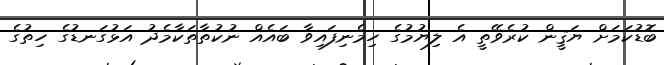
ބޮޑުކަމަށް ޔަޤީން ކުރެވޭތީ އެ ލިޔުމުގެ ހިމެނިފައިވާ ބައެއް ނުކުތާތަކާމެދު އަޅުގަނޑުގެ ހިތުގެ